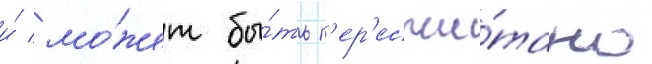
и́ мо́жет бы́ть п'ер'есчи́тано